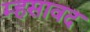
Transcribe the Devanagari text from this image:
म्हसावद